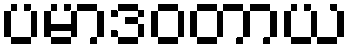
ပမာဒဝတာယ